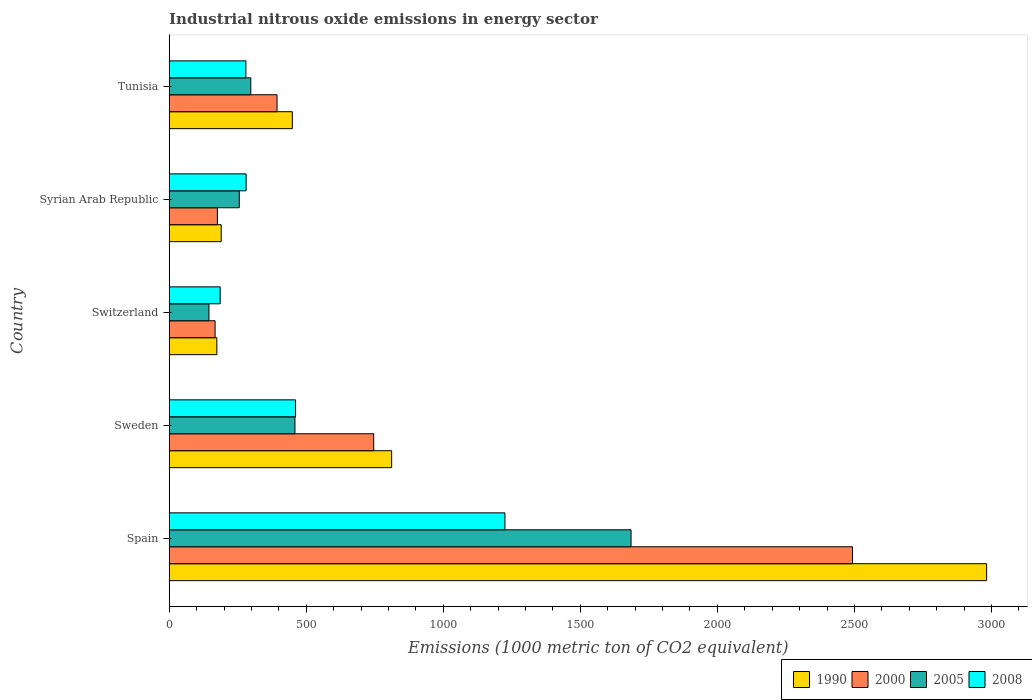
| Country | 1990 | 2000 | 2005 | 2008 |
 | --- | --- | --- | --- | --- |
 | Spain | 2.98e+03 | 2.49e+03 | 1.69e+03 | 1.22e+03 |
 | Sweden | 812 | 746 | 459 | 461 |
 | Switzerland | 174 | 167 | 145 | 186 |
 | Syrian Arab Republic | 190 | 176 | 256 | 281 |
 | Tunisia | 449 | 393 | 298 | 280 |